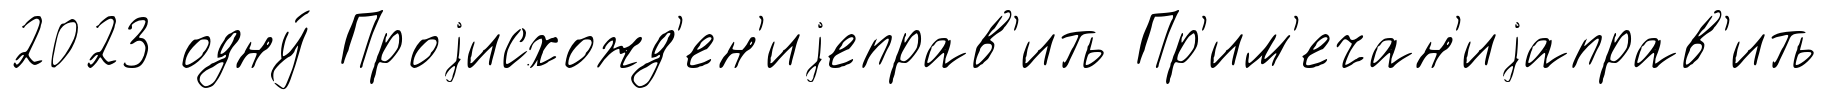
2023 одну́ Проjисхожд'ен'иjеправ'ить Пр'им'ечан'иjаправ'ить